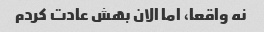
نه واقعا، اما الان بهش عادت کردم